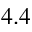
4 . 4